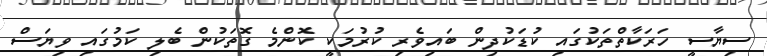
ސިޔާސީ ހަރަކާތްތަކުގައި ކުޑަކުދިން ބައިވެރި ކުރުމަކީ ކޮންމެ ގޮތަކުން ބެލި ކަމުގައި ވިޔަސް